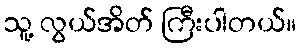
သူ့ လွယ်အိတ် ကြီးပါတယ်။